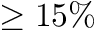
\ge 1 5 \%